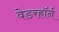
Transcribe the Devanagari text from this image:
वेडरहॉर्न